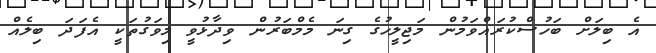
އެ ބިލަށް ބަހުސްކުރައްވަމުން މަޖިލީހުގެ ގިނަ މެމްބަރުން ވިދާޅުވީ މިވަގުތަކީ އެފަދަ ބިލެއް